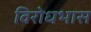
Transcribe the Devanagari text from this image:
विरोधभास